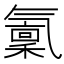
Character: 𣱭